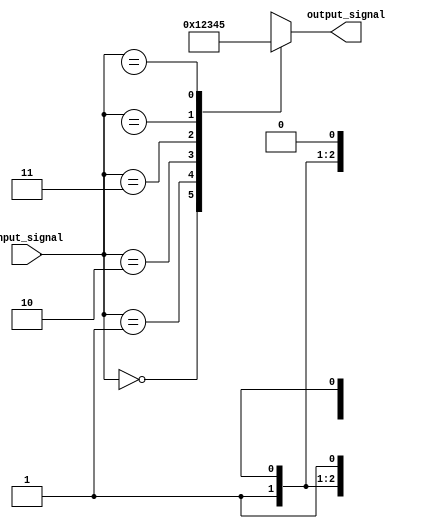
module x_based_case_statement (
    input wire [2:0] input_signal,
    output reg [3:0] output_signal
);

always @(*)
begin
    case(input_signal)
        'b000: output_signal = 4'b0000; // case 0
        'b001: output_signal = 4'b0001; // case 1
        'b010: output_signal = 4'b0010; // case 2
        'b011: output_signal = 4'b0011; // case 3
        'b1x0: output_signal = 4'b0100; // default case for input ending in 0
        'b1x1: output_signal = 4'b0101; // default case for input ending in 1
        default: output_signal = 4'b1111; // default behavior when none of the specified conditions are met
    endcase
end

endmodule